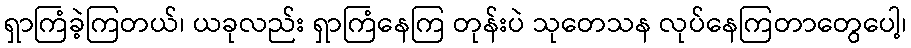
ရှာကြံခဲ့ကြတယ်၊ ယခုလည်း ရှာကြံနေကြ တုန်းပဲ သုတေသန လုပ်နေကြတာတွေပေါ့၊